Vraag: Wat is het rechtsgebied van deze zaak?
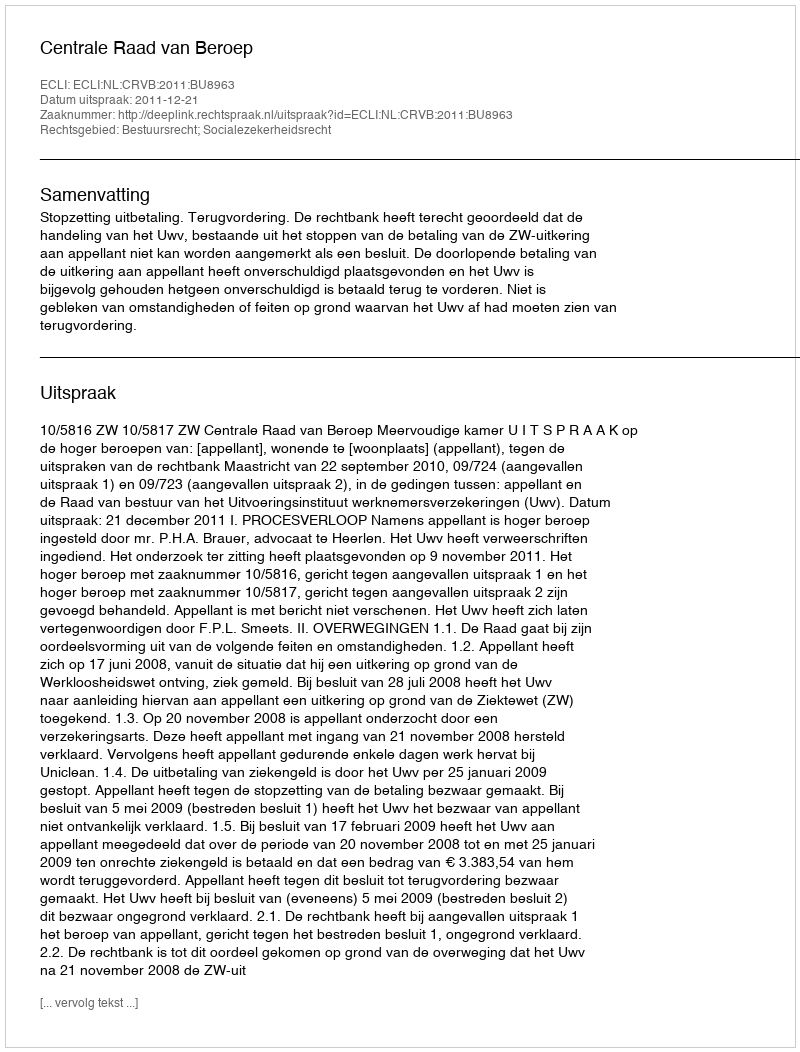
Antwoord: Bestuursrecht; Socialezekerheidsrecht